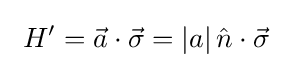
\ H'={\vec {a}}\cdot {\vec {\sigma }}=\left|a\right|{\hat {n}}\cdot {\vec {\sigma }}